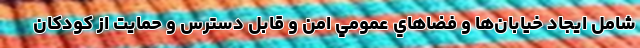
شامل ايجاد خيابان‌ها و فضاهاي عمومي امن و قابل دسترس و حمايت از كودكان